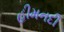
હીમનદી